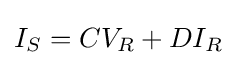
I_{S}=CV_{R}+DI_{R}